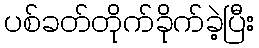
ပစ်ခတ်တိုက်ခိုက်ခဲ့ပြီး